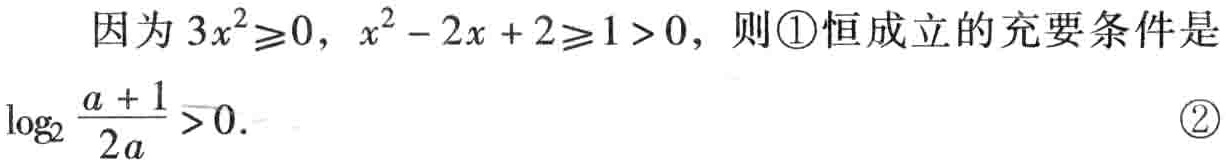
因为\(3x^{2}\geq0\)，\(x^{2}-2x + 2\geq1>0\)，则\textcircled{1}恒成立的充要条件是
\(\log_{2}\frac{a + 1}{2a}>0\).  \textcircled{2}